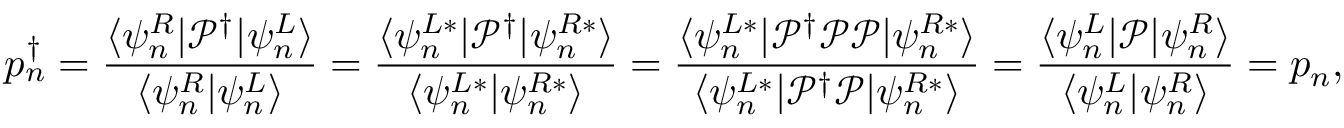
p _ { n } ^ { \dagger } = \frac { \langle \psi _ { n } ^ { R } | \mathcal { P } ^ { \dagger } | \psi _ { n } ^ { L } \rangle } { \langle \psi _ { n } ^ { R } | \psi _ { n } ^ { L } \rangle } = \frac { \langle \psi _ { n } ^ { L * } | \mathcal { P } ^ { \dagger } | \psi _ { n } ^ { R * } \rangle } { \langle \psi _ { n } ^ { L * } | \psi _ { n } ^ { R * } \rangle } = \frac { \langle \psi _ { n } ^ { L * } | \mathcal { P } ^ { \dagger } \mathcal { P } \mathcal { P } | \psi _ { n } ^ { R * } \rangle } { \langle \psi _ { n } ^ { L * } | \mathcal { P } ^ { \dagger } \mathcal { P } | \psi _ { n } ^ { R * } \rangle } = \frac { \langle \psi _ { n } ^ { L } | \mathcal { P } | \psi _ { n } ^ { R } \rangle } { \langle \psi _ { n } ^ { L } | \psi _ { n } ^ { R } \rangle } = p _ { n } ,